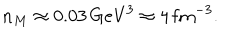
n _ { M } \approx 0 . 0 3 \, \mathrm { G e V } ^ { 3 } \approx 4 \, \mathrm { f m } ^ { - 3 } .